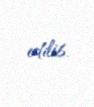
edilib.